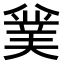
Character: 𠔯